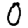
Digit: 0